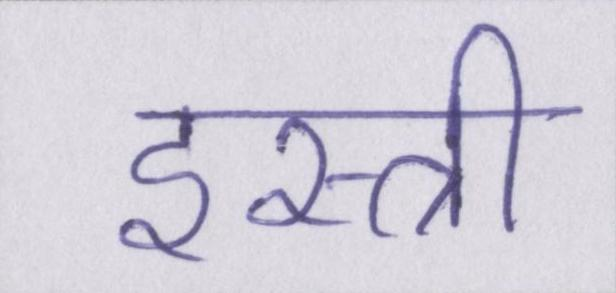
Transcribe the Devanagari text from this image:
इस्त्री